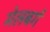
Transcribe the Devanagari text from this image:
मेलबर्ग